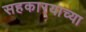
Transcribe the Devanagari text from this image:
सहकार्‍याच्या